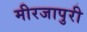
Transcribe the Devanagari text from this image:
मीरजापुरी